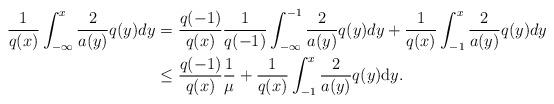
LaTeX: \begin{align*}\frac{1}{q(x)} \int_{-\infty}^{x} \frac{2}{a(y)}q(y) dy =&\ \frac{q(-1)}{q(x)} \frac{1}{q(-1)} \int_{-\infty}^{-1} \frac{2}{a(y)}q(y) dy + \frac{1}{q(x)} \int_{-1}^{x} \frac{2}{a(y)}q(y) dy \\\leq&\ \frac{q(-1)}{q(x)} \frac{1}{\mu} + \frac{1}{q(x)} \int_{-1}^{x} \frac{2}{a(y)}q(y) \mathrm dy.\end{align*}